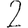
Digit: 2